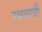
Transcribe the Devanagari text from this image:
उभवावी